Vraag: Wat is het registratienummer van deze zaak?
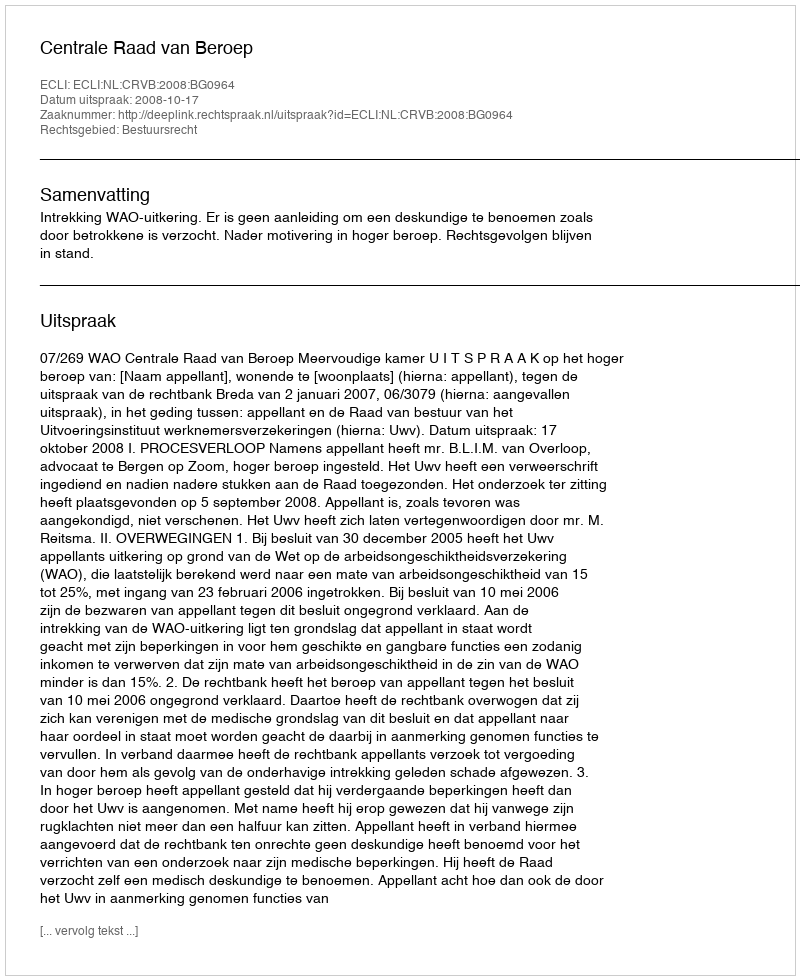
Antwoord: http://deeplink.rechtspraak.nl/uitspraak?id=ECLI:NL:CRVB:2008:BG0964